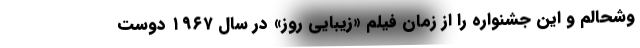
وشحالم و این جشنواره را از زمان فیلم «زیبایی روز» در سال ۱۹۶۷ دوست